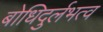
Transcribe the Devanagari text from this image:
बोधिदुर्लभत्व